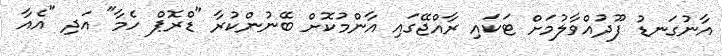
އާނުގަނޑު ފޫދުއްވާލުމަށް ޓަކައި ރާއްޖޭގައި އާންމުކޮށް ބޭނުންކުރާ "ޑްރޮޕް ހެމާ" އަދި "އެއާ